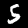
Digit: 5